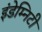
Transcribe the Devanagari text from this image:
इंडेम्निटी